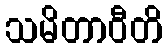
သမိတာဝီတိ